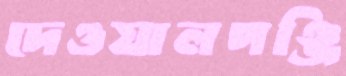
দেওয়ালপঞ্জি